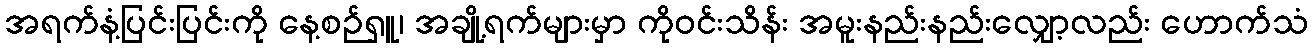
အရက်နံ့ပြင်းပြင်းကို နေ့စဉ်ရှူ၊ အချို့ရက်များမှာ ကိုဝင်းသိန်း အမူးနည်းနည်းလျှော့လည်း ဟောက်သံ